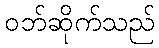
ဝဘ်ဆိုက်သည်